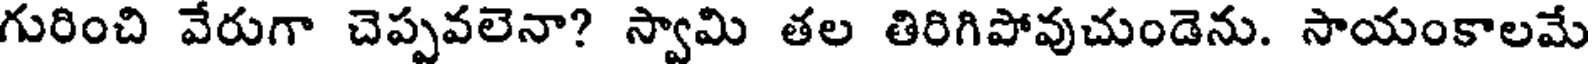
గురించి వేరుగా చెప్పవలెనా? స్వామి తల తిరిగిపోవుచుండెను. సాయంకాలమే